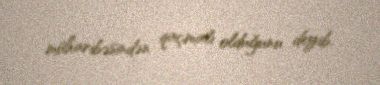
müharibəsindən qaçmalı olduğunu deyib.